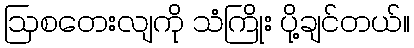
ဩစတေးလျကို သံကြိုး ပို့ချင်တယ်။